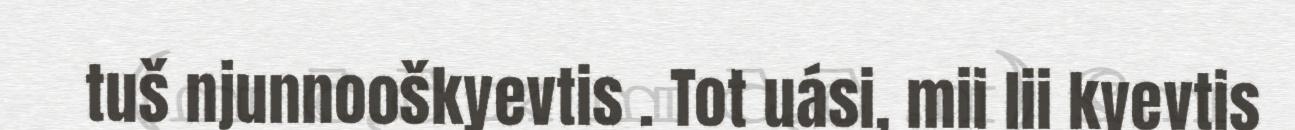
tuš njunnooškyevtis . Tot uási, mii lii kyevtis